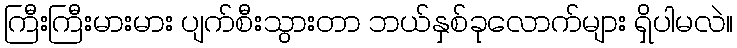
ကြီးကြီးမားမား ပျက်စီးသွားတာ ဘယ်နှစ်ခုလောက်များ ရှိပါမလဲ။